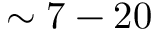
\sim 7 - 2 0